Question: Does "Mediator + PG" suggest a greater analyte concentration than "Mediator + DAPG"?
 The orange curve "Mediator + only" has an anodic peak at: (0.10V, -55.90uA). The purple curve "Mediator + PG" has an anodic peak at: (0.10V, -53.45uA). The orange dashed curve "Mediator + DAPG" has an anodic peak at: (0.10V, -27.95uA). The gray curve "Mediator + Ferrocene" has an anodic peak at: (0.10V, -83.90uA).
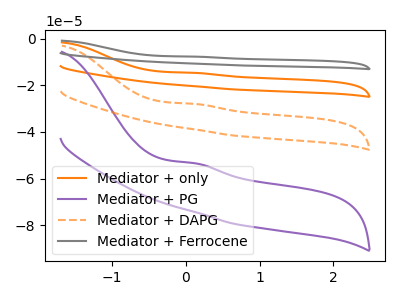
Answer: <think>All the peaks in "Mediator + PG" have a peak in "Mediator + DAPG" at the same potential. Every peak in "Mediator + PG" is lower than every peak in "Mediator + DAPG".
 </think>
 <answer>"Mediator + PG" has less signal than "Mediator + DAPG".</answer>
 <eval>less_signal</eval>